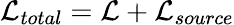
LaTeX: {\cal L}_{total}={\cal L}+{\cal L}_{source}